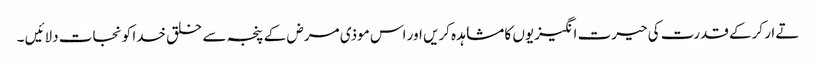
تےار کرکے قدرت کی حیرت انگیزیوں کا مشاہدہ کریں اور اس موذی مرض کے پنجہ سے خلق خدا کو نجات دلائیں ۔